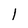
Character: l